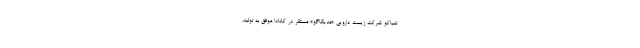
تنباکو شرکت زیست دارویی «مدیکاگو» مستقر در کانادا موفق به تولید،